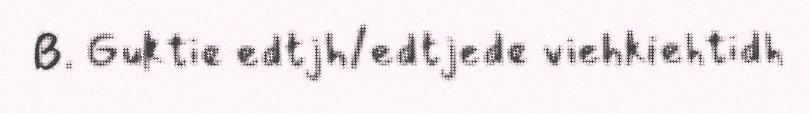
B. Guktie edtjh/edtjede viehkiehtidh